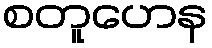
စတူဟေန